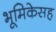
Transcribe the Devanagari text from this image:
भूमिकेसह